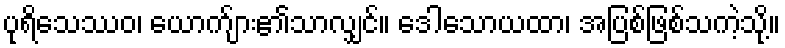
ပုရိသေဿဝ၊ ယောက်ျား၏သာလျှင်။ ဒေါသောယထာ၊ အပြစ်ဖြစ်သကဲ့သို့။